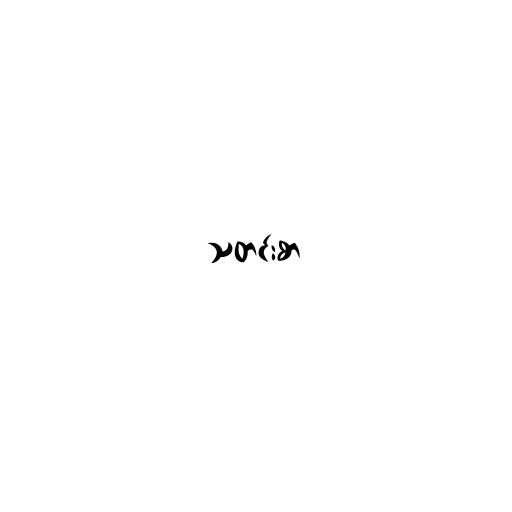
သတင်းစာ